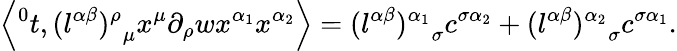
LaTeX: \left\langle{^0t},{(l^{\alpha\beta})^{\rho}}_{\mu}x^{\mu}\partial_{\rho}wx^{\alpha_{1}}x^{\alpha_{2}}\right\rangle={(l^{\alpha\beta})^{\alpha_{1}}}_{\sigma}c^{\sigma\alpha_{2}}+{(l^{\alpha\beta})^{\alpha_{2}}}_{\sigma}c^{\sigma\alpha_{1}}.